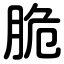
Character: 脆